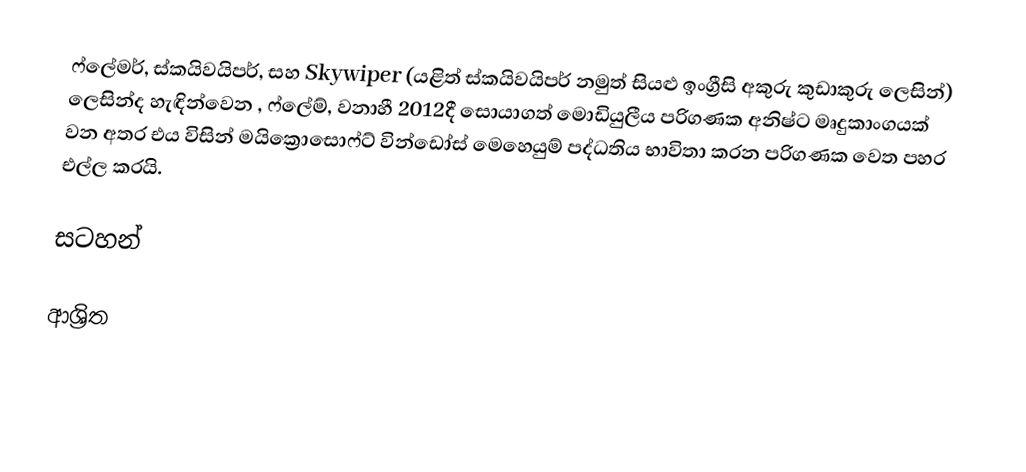
ෆ්ලේමර්, ස්කයිවයිපර්, සහ  Skywiper (යළිත් ස්කයිවයිපර් නමුත් සියළු ඉංග්‍රීසි අකුරු කුඩාකුරු ලෙසින්) ලෙසින්ද හැඳින්වෙන , ෆ්ලේම්, වනාහී 2012දී සොයාගත් මොඩියුලීය පරිගණක අනිෂ්ට මෘදුකාංගයක් වන අතර එය විසින්  මයික්‍රොසොෆ්ට් වින්ඩෝස් මෙහෙයුම් පද්ධතිය භාවිතා කරන පරිගණක වෙත පහර එල්ල කරයි.

සටහන්

ආශ්‍රිත